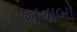
નવાબો